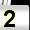
Digit: 2